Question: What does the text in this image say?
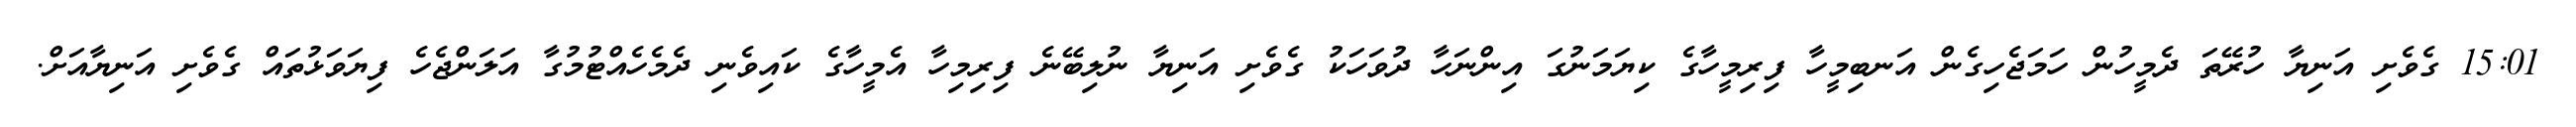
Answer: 15:01 ގެވެށި އަނިޔާ ހުރޭތަ ދެމީހުން ހަމަޖެހިގެން އަނބިމީހާ ފިރިމީހާގެ ކިޔަމަނުގަ އިންނަހާ ދުވަހަކު ގެވެށި އަނިޔާ ނުލިބޭނެ ފިރިމިހާ އެމީހާގެ ކައިވެނި ދެމެހެއްޓުމުގާ އަލަންޖެހެ ފިޔަވަޅުތައް ގެވެށި އަނިޔާއަށް.